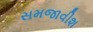
સમજાવીશ